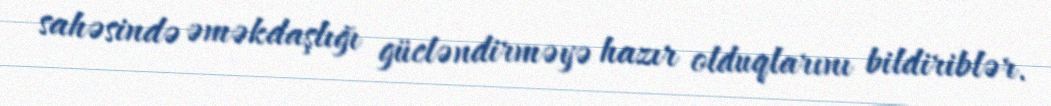
sahəsində əməkdaşlığı gücləndirməyə hazır olduqlarını bildiriblər.